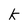
Character: k